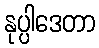
နုပ္ပါဒေတာ